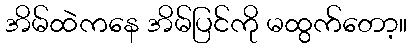
အိမ်ထဲကနေ အိမ်ပြင်ကို မထွက်တော့။